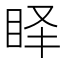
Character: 𱲮